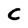
Character: C